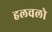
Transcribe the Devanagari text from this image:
हलचलो